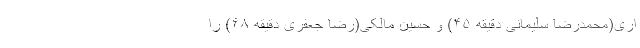
اری(محمدرضا سلیمانی دقیقه ۴۵) و حسین مالکی(رضا جعفری دقیقه ۶۸) را